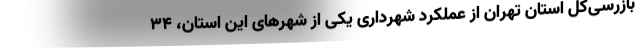
بازرسی‌کل استان تهران از عملکرد شهرداری یکی از شهرهای این استان، ۳۴